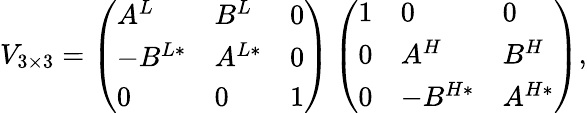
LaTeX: V_{3\times 3}=\left(\begin{array}{lll}{{A^{L}}}&{{B^{L}}}&{{0}}\\ {{-B^{L*}}}&{{A^{L*}}}&{{0}}\\ {{0}}&{{0}}&{{1}}\end{array}\right)\left(\begin{array}{lll}{{1}}&{{0}}&{{0}}\\ {{0}}&{{A^{H}}}&{{B^{H}}}\\ {{0}}&{{-B^{H*}}}&{{A^{H*}}}\end{array}\right),